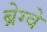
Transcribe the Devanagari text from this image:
ब्रेग्वे